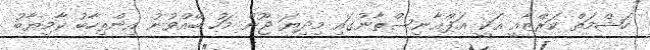
ހަޝްމަތް ކަރްޒާއީ އަކީ އަފްޣާނިސްތާނުގައި މިދިޔަ ޖޫން މަހު ބޭއްވުނު އިންތިހާބު ކާމިޔާބު